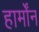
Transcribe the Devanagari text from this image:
हार्मोंन